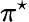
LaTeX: \pi^{\star}